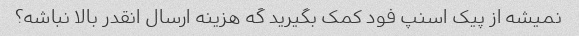
نمیشه از پیک اسنپ فود کمک بگیرید گه هزینه ارسال انقدر بالا نباشه؟